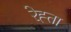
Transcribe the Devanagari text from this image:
रेह्ता